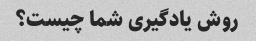
روش یادگیری شما چیست؟